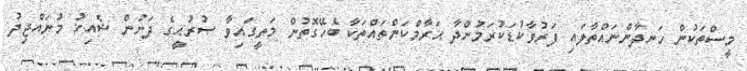
މީސްތަކުން ހަނދާންނައްތާލައި ފަރުވާކުޑަކުރަމުންދާ ޙަރާމްކަންތައްތަކާ ބެހޭގޮތުން މަތީގައިވާ ޞުރުޙީގެ ދަށުން ޝެއިޚު މުނައްޖިދު